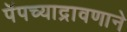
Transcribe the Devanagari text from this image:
पॅपच्याद्रावणाने